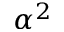
\alpha ^ { 2 }